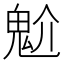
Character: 魀